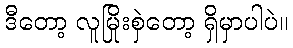
ဒီတော့ လူမြိုးစှဲတော့ ရှိမှာပါပဲ။